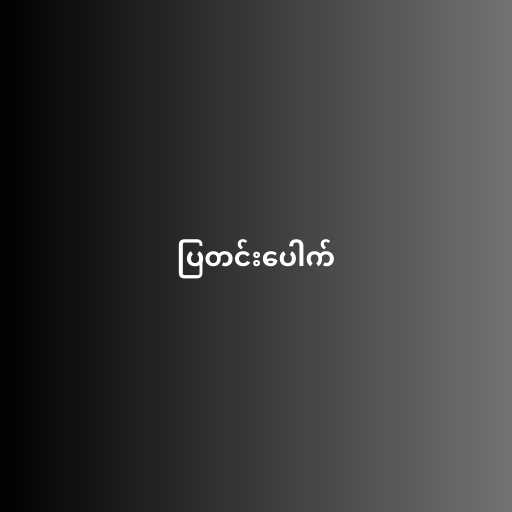
ပြတင်းပေါက်